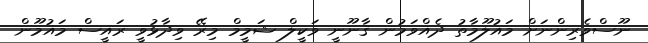
ނޫސްވެރިންނަށް މައުލޫމާތު ދެއްވަމުން ޤާނޫނީ ވަކީލް ޝަމީމް މިރޭ ވިދާޅުވީ ރައީސް މައުމޫން